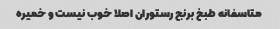
متاسفانه طبخ برنج رستوران اصلا خوب نیست و خمیره